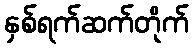
နှစ်ရက်ဆက်တိုက်